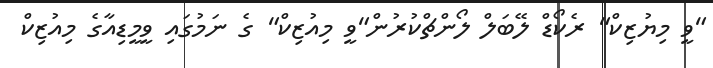
"ވީ މިޔުޒިކް" ރެކޯޑް ލޭބަލް ލޯންޗްކުރުން"ވީ މިއުޒިކް" ގެ ނަމުގައި ވީމީޑިއާގެ މިއުޒިކް